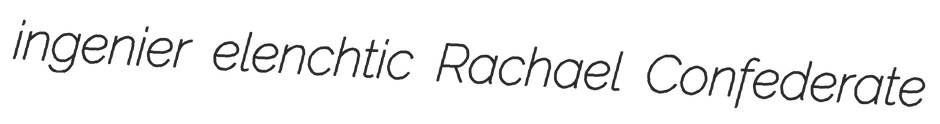
ingenier elenchtic Rachael Confederate